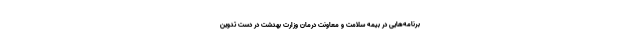
برنامه‌هایی در بیمه سلامت و معاونت درمان وزارت بهدشت در دست تدوین